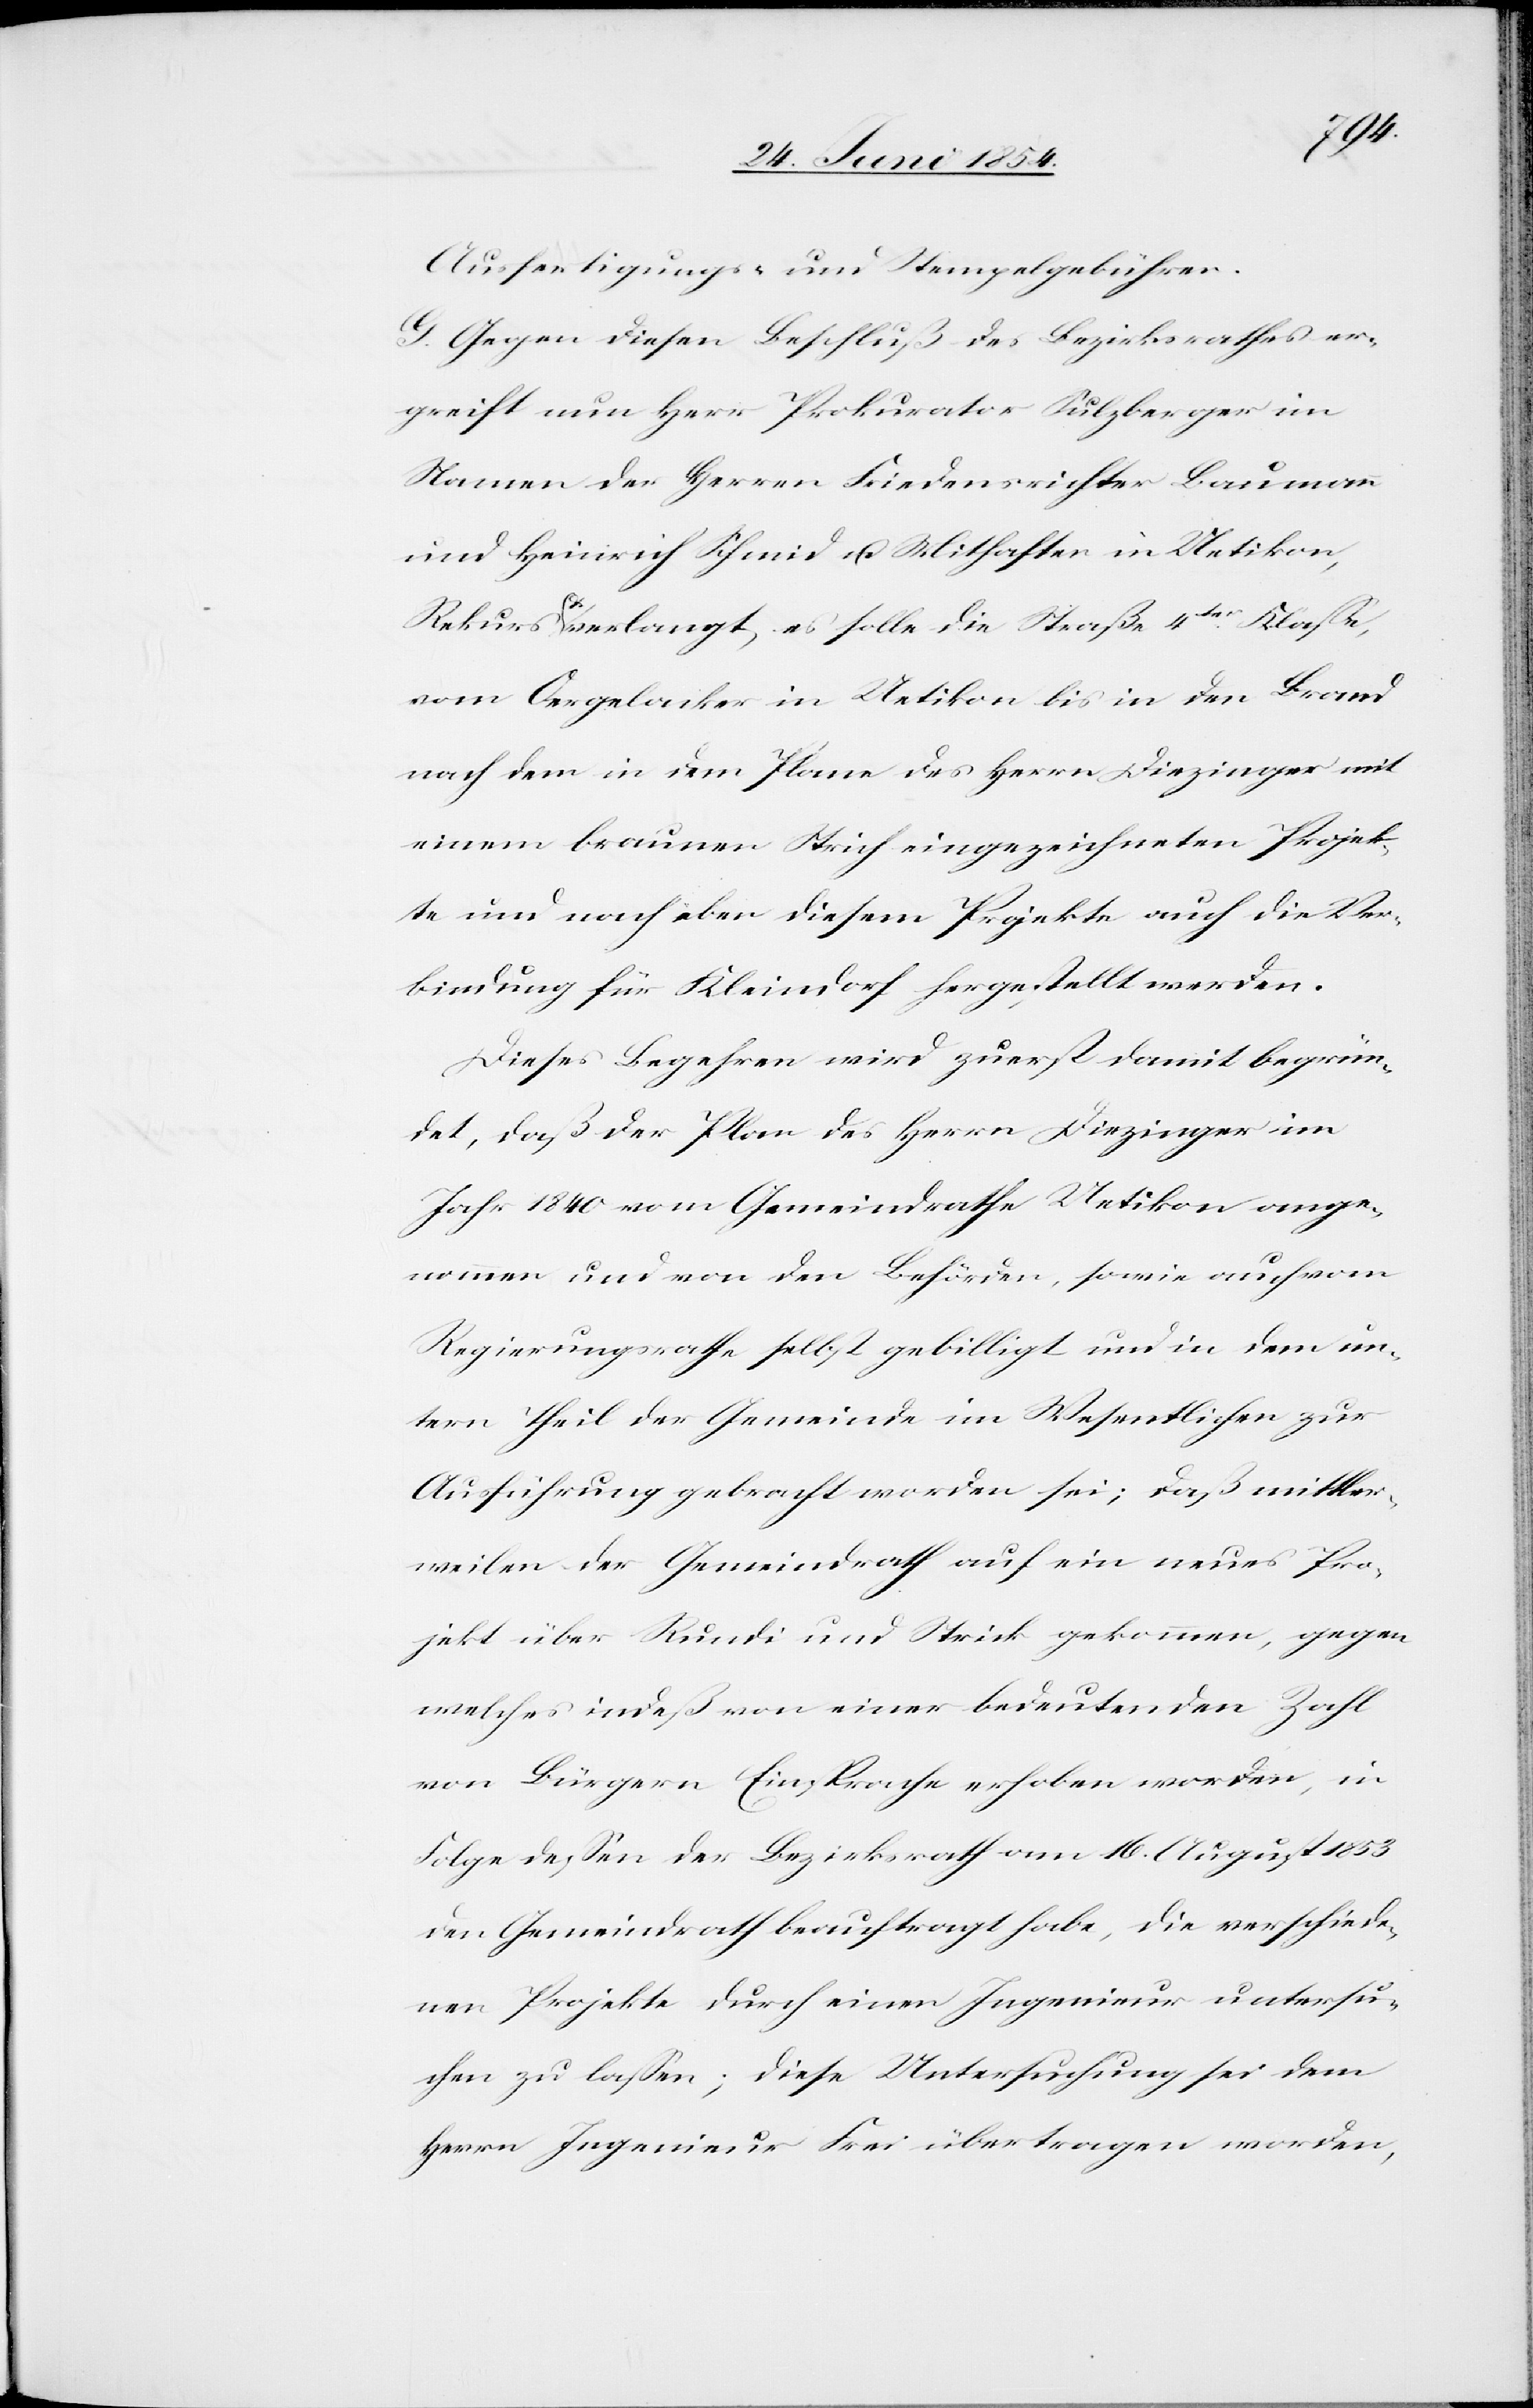
Ausfertigungs- und Stempelgebühren.
G. Gegen diesen Beschluß des Bezirksrathes er¬
greift nun Herr Prokurator Sulzberger im
Namen der Herren Friedensrichter Baumann
und Heinrich Schmid u. Mithafte in Uetikon,
Rekurs u. verlangt, es solle die Straße 4ter Klaße,
vom Oergelacker in Uetikon bis in den Brand
nach dem in dem Plane des Herrn Diezinger mit
einem braunen Strich eingezeichneten Projek¬
te und nach eben diesem Projekte auch die Ver¬
bindung für Kleindorf hergestellt werden.
Dieses Begehren wird zuerst damit begrün¬
det, daß der Plan des Herrn Diezinger im
Jahr 1840 vom Gemeindrathe Uetikon ange¬
nommen und von den Behörden, sowie auch vom
Regierungsrathe selbst gebilligt und in dem un¬
tern Theil der Gemeinde im Wesentlichen zur
Ausführung gebracht worden sei; daß mittler¬
weilen der Gemeindrath auf ein neues Pro¬
jekt über Rundi und Strick gekommen, gegen
welches indeß von einer bedeutenden Zahl
von Bürgern Einsprache erhoben worden, in
Folge deßen der Bezirksrath am 16. August 1853
den Gemeindrath beauftragt habe, die verschiede¬
nen Projekte durch einen Ingenieur untersu¬
chen zu laßen; diese Untersuchung sei dem
Herrn Ingenieur Frei übertragen worden,